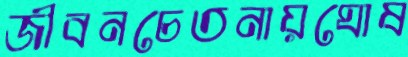
জীবনচেতনায়ঘোষ